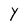
Character: Y